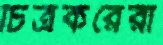
চিত্রকরেরা